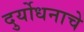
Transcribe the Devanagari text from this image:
दुर्योधनाचे